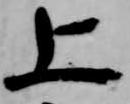
上